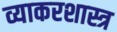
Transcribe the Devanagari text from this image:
व्याकरशास्त्र